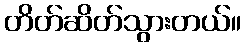
တိတ်ဆိတ်သွားတယ်။